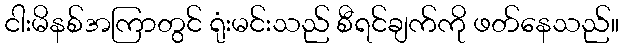
ငါးမိနစ်အကြာတွင် ရုံးမင်းသည် စီရင်ချက်ကို ဖတ်နေသည်။